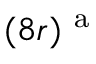
( 8 r ) ^ { \mathrm { ~ a ~ } }